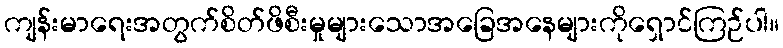
ကျန်းမာရေးအတွက်စိတ်ဖိစီးမှုများသောအခြေအနေများကိုရှောင်ကြဉ်ပါ။